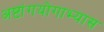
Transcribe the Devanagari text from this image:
अष्टांगयोगाभ्यास